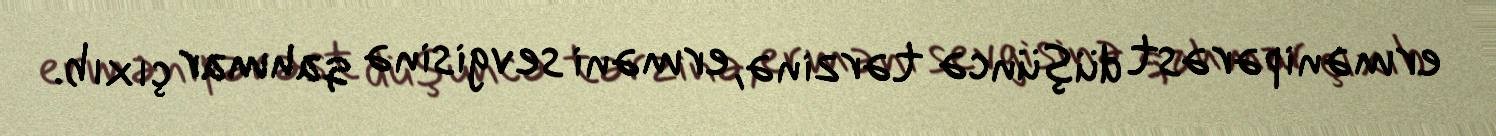
ermənipərəst düşüncə tərzinə, erməni sevgisinə qahmar çıxıb.